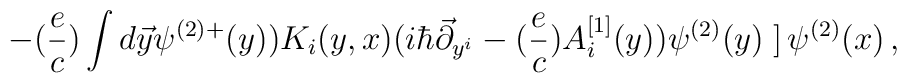
- ({e \over c}) \int d\vec y \psi^{(2)+} (y))K_i(y,x) (i\hbar \vec \partial_{y^i} -({e \over c}) A_i^{[1]}  (y)) \psi^{(2)} (y)\left. \right] \psi^{(2)} (x)\,,